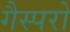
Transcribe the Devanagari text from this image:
गैस्परो